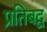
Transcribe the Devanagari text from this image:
प्रतिबद्व